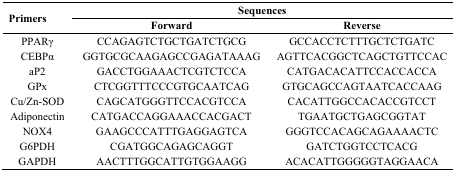
<table><thead><tr><td rowspan="3"><b>Primers</b></td><td colspan="2"><b>Sequences</b></td></tr><tr><td><b>Forward</b></td><td><b>Reverse</b></td></tr></thead><tbody><tr><td>PPARγ</td><td>CCAGAGTCTGCTGATCTGCG</td><td>GCCACCTCTTTGCTCTGATC</td></tr><tr><td>CEBPα</td><td>GGTGCGCAAGAGCCGAGATAAAG</td><td>AGTTCACGGCTCAGCTGTTCCAC</td></tr><tr><td>aP2</td><td>GACCTGGAAACTCGTCTCCA</td><td>CATGACACATTCCACCACCA</td></tr><tr><td>GPx</td><td>CTCGGTTTCCCGTGCAATCAG</td><td>GTGCAGCCAGTAATCACCAAG</td></tr><tr><td>Cu/Zn-SOD</td><td>CAGCATGGGTTCCACGTCCA</td><td>CACATTGGCCACACCGTCCT</td></tr><tr><td>Adiponectin</td><td>CATGACCAGGAAACCACGACT</td><td>TGAATGCTGAGCGGTAT</td></tr><tr><td>NOX4</td><td>GAAGCCCATTTGAGGAGTCA</td><td>GGGTCCACAGCAGAAAACTC</td></tr><tr><td>G6PDH</td><td>CGATGGCAGAGCAGGT</td><td>GATCTGGTCCTCACG</td></tr><tr><td>GAPDH</td><td>AACTTTGGCATTGTGGAAGG</td><td>ACACATTGGGGGTAGGAACA</td></tr></tbody></table>